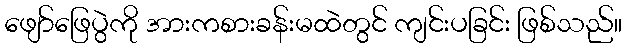
ဖျော်ဖြေပွဲကို အားကစားခန်းမထဲတွင် ကျင်းပခြင်း ဖြစ်သည်။